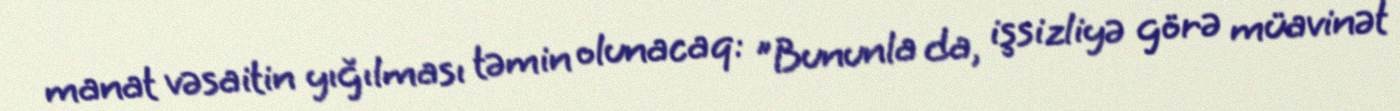
manat vəsaitin yığılması təmin olunacaq: "Bununla da, işsizliyə görə müavinət